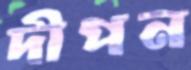
দীপন